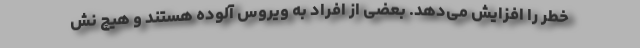
خطر را افزایش می‌دهد. بعضی از افراد به ویروس آلوده هستند و هیچ نش